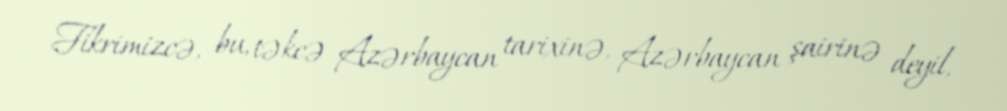
Fikrimizcə, bu, təkcə Azərbaycan tarixinə, Azərbaycan şairinə deyil,